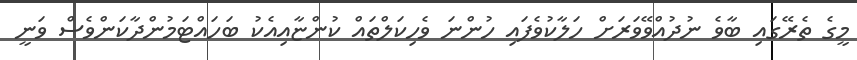
މީގެ ތެރޭގައި ބާވެ ނުދުއްވޭވަރަށް ހަލާކުވެފައި ހުންނަ ވެހިކަލްތައް ކުންޏާއިއެކު ބަހައްޓަމުންދާކަންވެސް ވަނީ